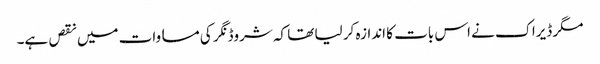
مگر ڈیراک نے اس بات کا اندازہ کر لیا تھا کہ شروڈنگر کی مساوات میں نقص ہے۔